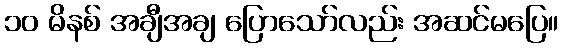
၁၀ မိနစ် အချီအချ ပြောသော်လည်း အဆင်မပြေ။